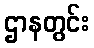
ဌာနတွင်း